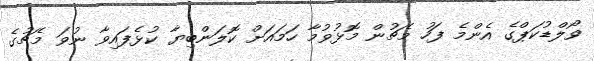
ވޯލްޑުކަޕްގެ އެންމެ ފަހު މެޗުން މޮޅުވުމާ ހަމައަށް ކޮލަންބިޔާ ކުޅެފައިވާ ނުވަ މެޗުގެ